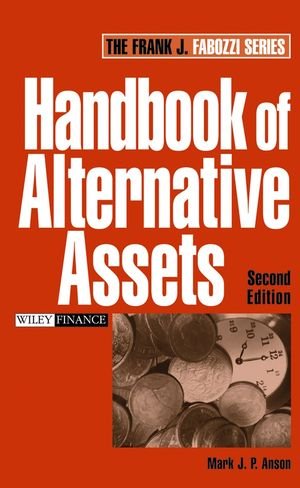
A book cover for Handbook of Alternative Assets; Mark J. P. Anson; Business & Money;